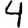
Digit: 4